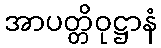
အာပတ္တိဝုဋ္ဌာနံ